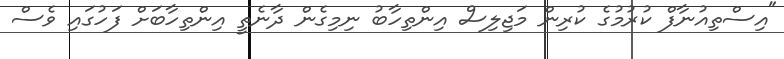
"އިސްތިއުނާފް ކުރުމުގެ ކުރިން މަޖިލިސް އިންތިހާބު ނިމިގެން ދާނެތީ އިންތިހާބަށް ފަހުގައި ވެސް